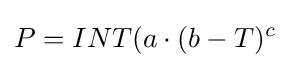
P=INT(a\cdot (b-T)^{c}